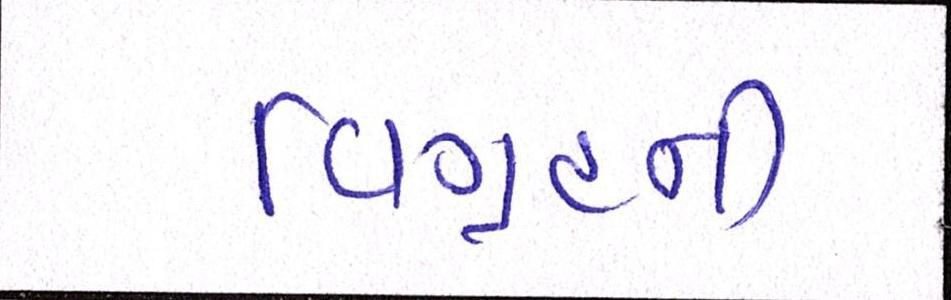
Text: વિગ્રહની